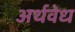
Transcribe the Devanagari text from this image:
अर्थवेध